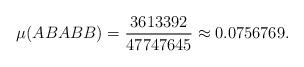
LaTeX: \begin{align*}\mu(ABABB)=\frac{3613392}{47747645}\approx0.0756769.\end{align*}